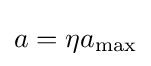
a=\eta a_{\text{max}}